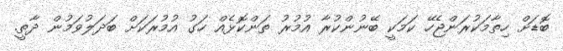
ބޮޑަށް ހިތާމަކުރަންޖެހޭ ކަމަކީ ބޭނުންކުރާ އުމުރު ތަންކޮޅެއް ހަގު އުމުރަކަށް ބަދަލުވަމުން ދާތީ.